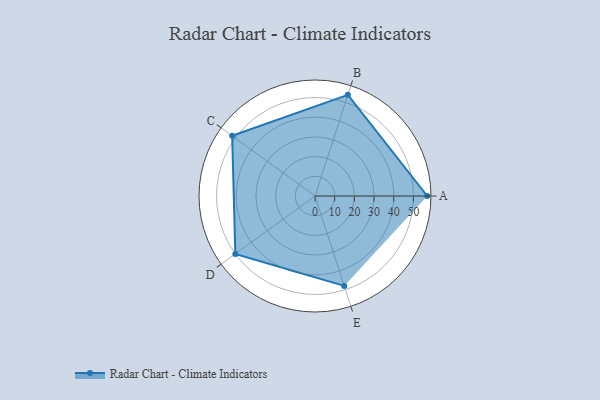
{"axis": {"x": "Skill", "y": "Score"}, "legend": ["Profile"], "data": [{"x": "A", "y": 57.0, "type": "Profile"}, {"x": "B", "y": 54.0, "type": "Profile"}, {"x": "C", "y": 52.0, "type": "Profile"}, {"x": "D", "y": 50.0, "type": "Profile"}, {"x": "E", "y": 48.0, "type": "Profile"}]}